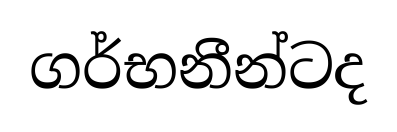
ගර්භනීන්ටද